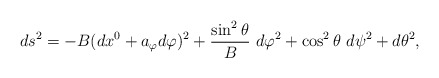
\begin{align*}ds^2=-B(dx^0+a_\varphi d \varphi)^2+ {\sin^2\theta \over B}~d\varphi^2+\cos^2\theta~ d\psi^2+d\theta^2,\end{align*}